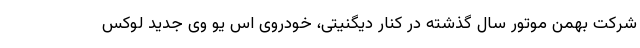
شرکت بهمن موتور سال گذشته در کنار دیگنیتی، خودروی اس یو وی جدید لوکس